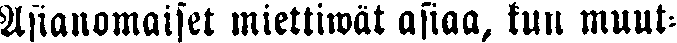
Asianomaiset miettiwät asiaa, kuu muut-